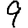
Digit: 9